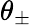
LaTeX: \theta_{\pm}